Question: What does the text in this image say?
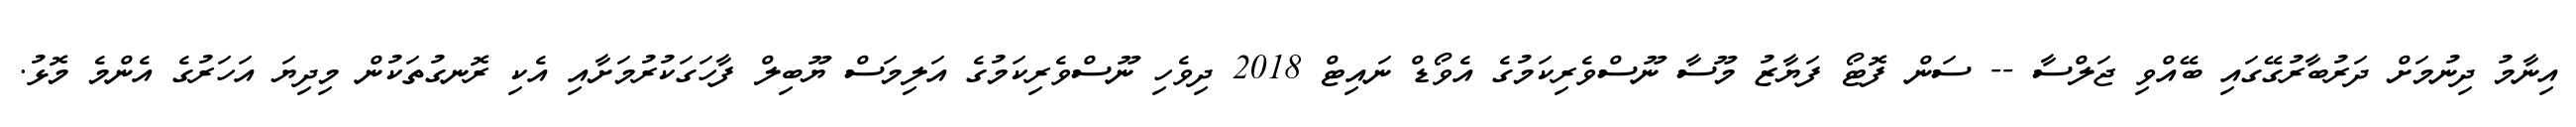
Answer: އިނާމު ދިނުމަށް ދަރުބާރުގޭގައި ބޭއްވި ޖަލްސާ -- ސަން ފޮޓޯ ފަޔާޒު މޫސާ ނޫސްވެރިކަމުގެ އެވޯޑް ނައިޓް 2018 ދިވެހި ނޫސްވެރިކަމުގެ އަލިމަސް ޔޫބިލް ފާހަގަކުރުމަށާއި އެކި ރޮނގުތަކުން މިދިޔަ އަހަރުގެ އެންމެ މޮޅު.